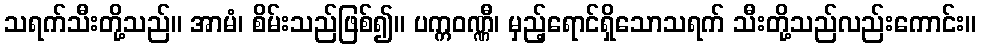
သရက်သီးတို့သည်။ အာမံ၊ စိမ်းသည်ဖြစ်၍။ ပက္ကဝဏ္ဏီ၊ မှည့်ရောင်ရှိသောသရက် သီးတို့သည်လည်းကောင်း။